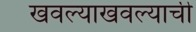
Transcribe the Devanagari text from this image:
खवल्याखवल्याची